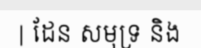
| ដែន សមុទ្រ និង